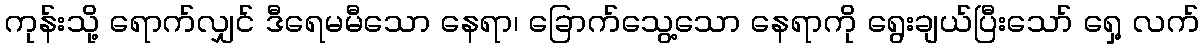
ကုန်းသို့ ရောက်လျှင် ဒီရေမမီသော နေရာ၊ ခြောက်သွေ့သော နေရာကို ရွေးချယ်ပြီးသော် ရှေ့ လက်